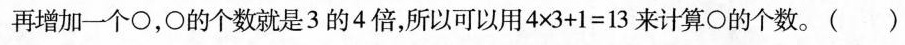
再增加一个\circ ，\circ 的个数就是3的4倍，所以可以用$$4 \times 3 + 1 = 1 3$$来计算\circ 的个数。( )